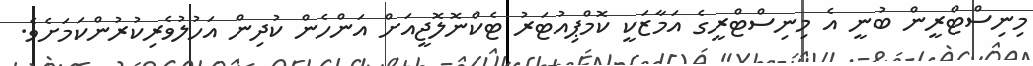
މިނިސްޓްރީން ބުނީ އެ މިނިސްޓްރީގެ އަމާޒަކީ ކޮމްޕިއުޓަރު ޓެކްނޮލޮޖީއަށް އަންހެން ކުދިން އަހުލުވެރިކުރުންކަމަށެވެ.